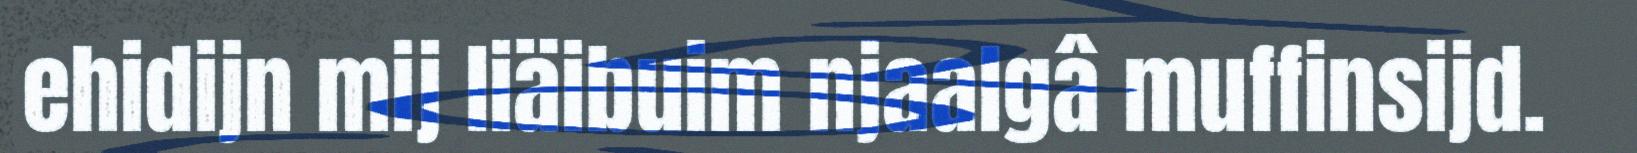
ehidijn mij liäibuim njaalgâ muffinsijd.